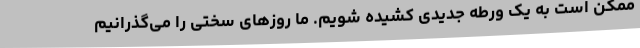
ممکن است به یک ورطه جدیدی کشیده شویم. ما روزهای سختی را می‌گذرانیم